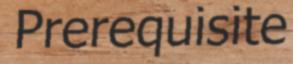
Prerequisite